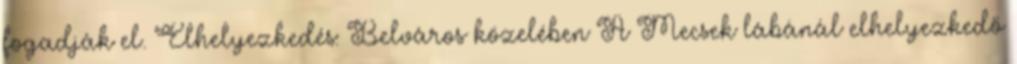
fogadják el. Elhelyezkedés: Belváros közelében A Mecsek lábánál elhelyezkedő